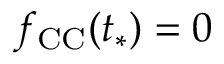
f _ { \mathrm { C C } } ( t _ { * } ) = 0